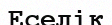
Еселік